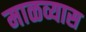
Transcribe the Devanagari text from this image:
माळव्यास